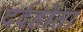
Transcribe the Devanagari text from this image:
दर्दहोता